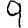
Digit: 9